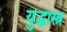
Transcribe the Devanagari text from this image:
युद्धास्त्र